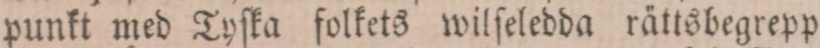
punkt med Tyſka folkets wilſeledda rättsbegrepp